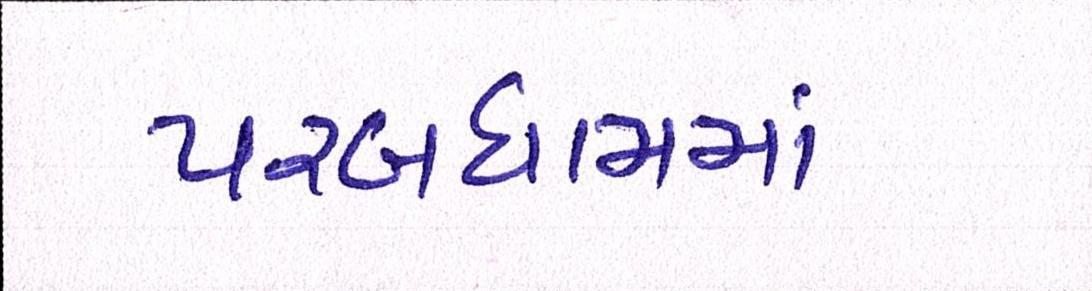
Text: પરબધામમાં